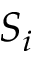
S _ { i }